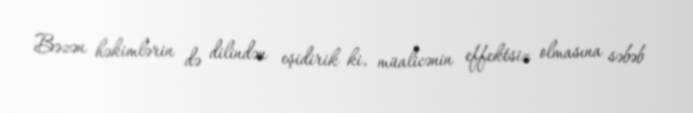
Bəzən həkimlərin də dilindən eşidirik ki, müalicənin effektsiz olmasına səbəb